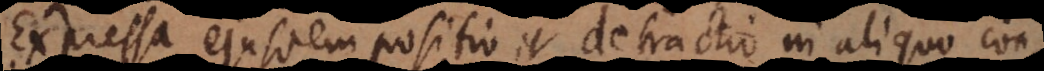
Expressa ejusdem positio et detractio in aliquo